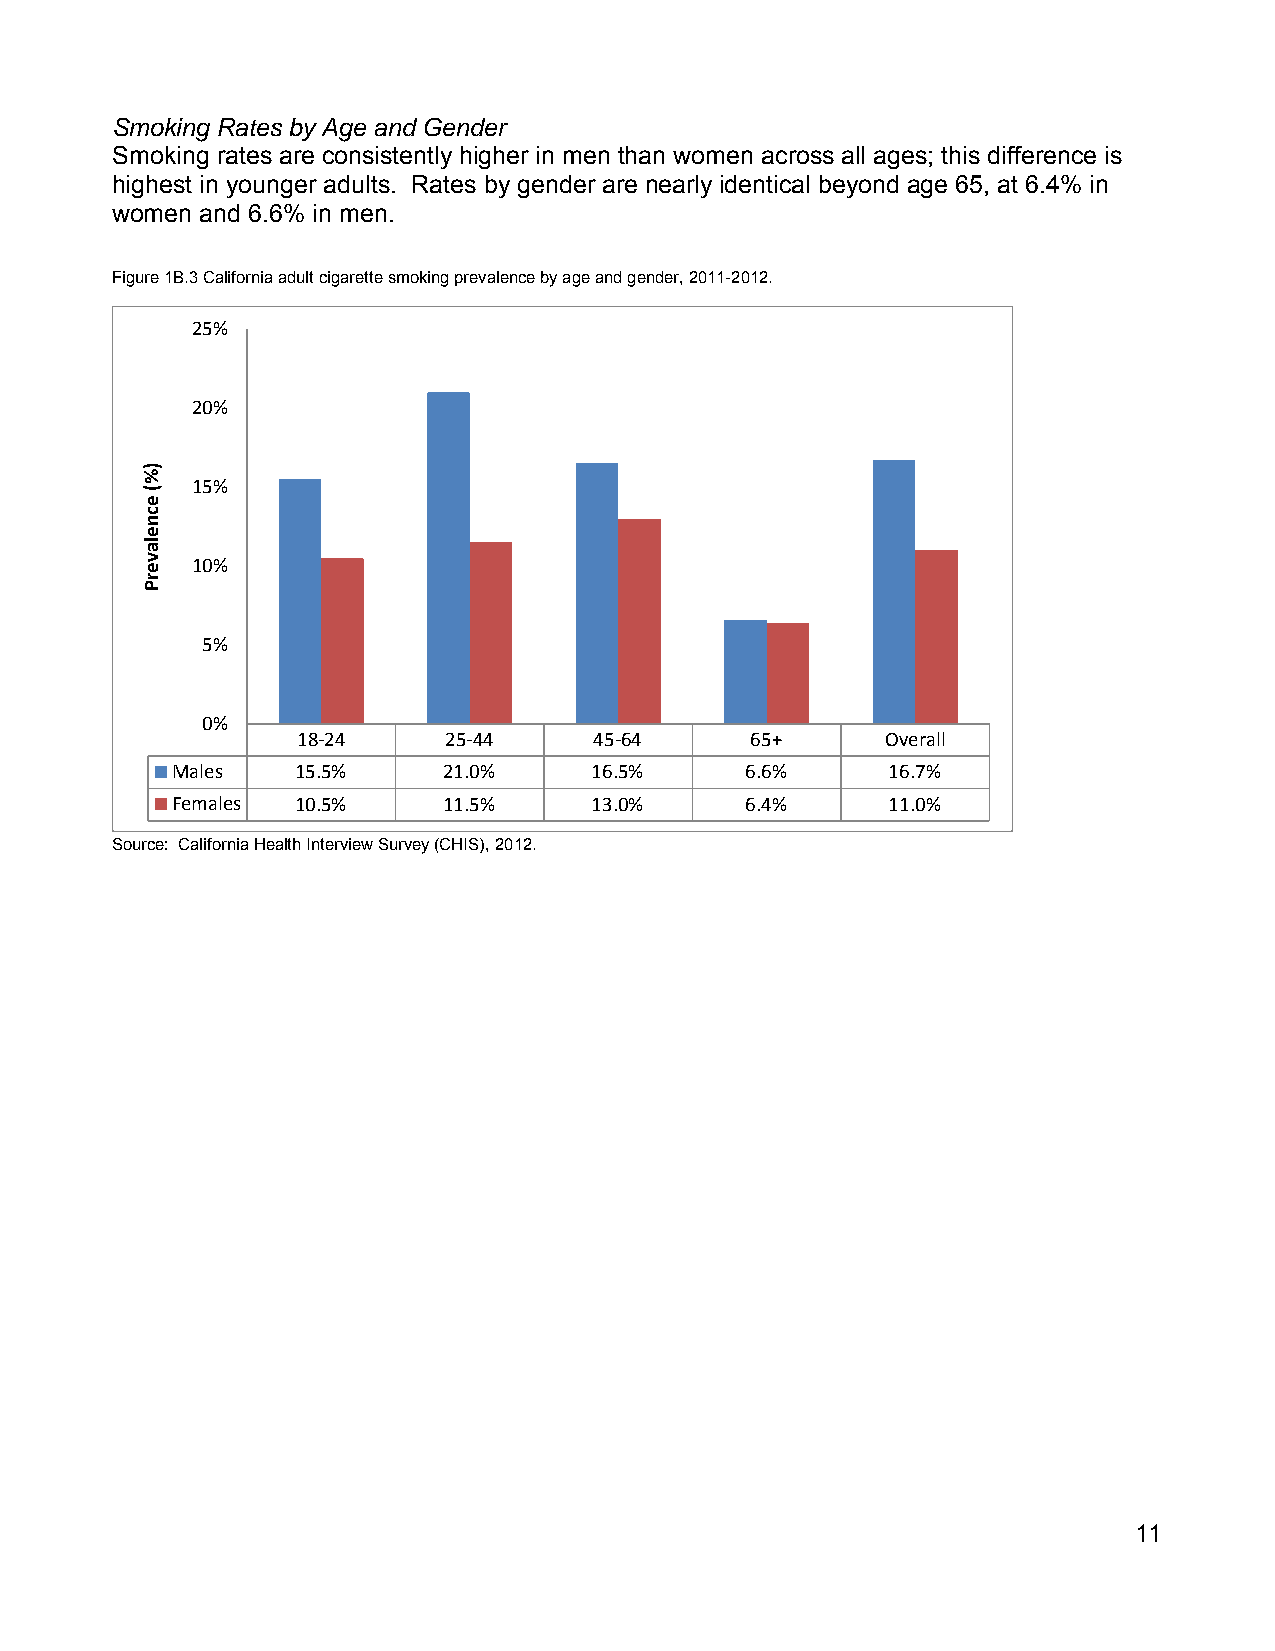
Smoking Rates by Age and Gender
 Smoking rates are consistently higher in men than women across all ages; this difference is
 highest in younger adults. Rates by gender are nearly identical beyond age 65, at 6.4% in
 women and 6.6% in men.
 Figure 1B.3 California adult cigarette smoking prevalence by age and gender, 2011-2012.
 25%
 20%
 15%
 10%
 5%
 0%
 18‐24    25‐44     45‐64      65+      Overall
 Males    15.5%    21.0%     16.5%     6.6%      16.7%
 Females  10.5%    11.5%     13.0%     6.4%      11.0%
 Source: California Health Interview Survey (CHIS), 2012.
 11
 )%(
 ecnelaverP